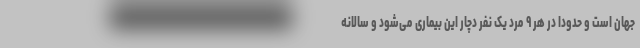
جهان است و حدودا در هر ۹ مرد یک نفر دچار این بیماری می‌شود و سالانه